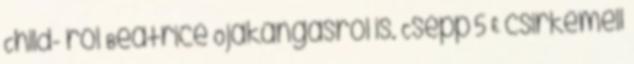
Child- ról Beatrice Ojakangasról is. Csepp 5 £ csirkemell